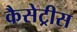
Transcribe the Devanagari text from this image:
कैसेट्रीस